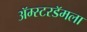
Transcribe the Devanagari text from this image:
ॲम्स्टरडॅमला